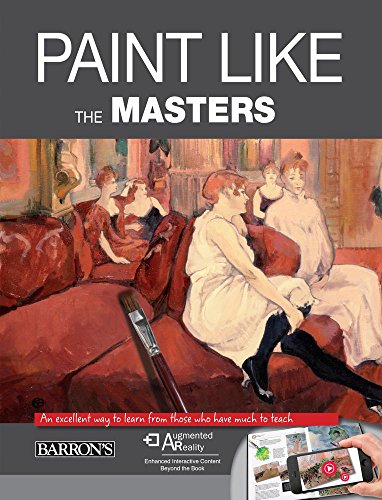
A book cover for Paint Like The Masters: An excellent way to learn from those who have much to teach; ParramÃ³n Editorial Team; Arts & Photography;